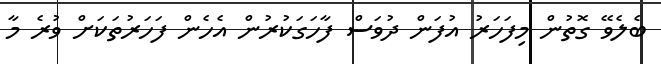
ބެލެވޭ ގޮތުން މިފަހަރު އުފަން ދުވަސް ފާހަގަކުރުން އެހެން ފަހަރުތަކަށް ވުރެ މާ